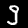
Label: 9